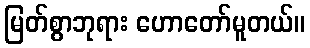
မြတ်စွာဘုရား ဟောတော်မူတယ်။